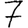
Digit: 7